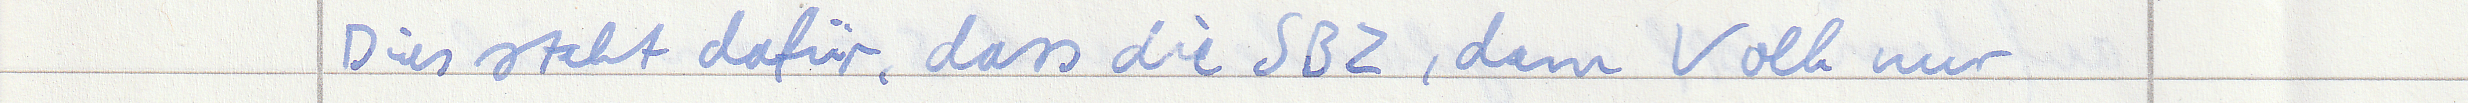
Dies steht dafür, dass die SBZ, dem Volk nur